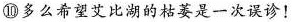
⑩多么希望艾比湖的枯萎是一次误诊！